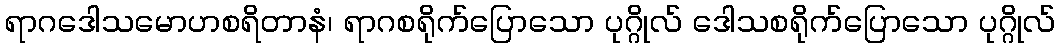
ရာဂဒေါသမောဟစရိတာနံ၊ ရာဂစရိုက်ပြောသော ပုဂ္ဂိုလ် ဒေါသစရိုက်ပြောသော ပုဂ္ဂိုလ်